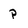
Character: p